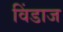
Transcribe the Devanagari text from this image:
विंडाज